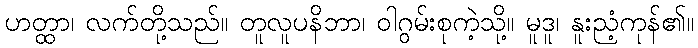
ဟတ္ထာ၊ လက်တို့သည်။ တူလူပနိဘာ၊ ဝါဂွမ်းစုကဲ့သို့။ မူဒူ၊ နူးညံ့ကုန်၏။